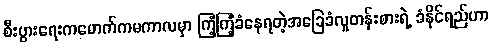
စီးပွားရေးကမောက်ကမကာလမှာ ကြံ့ကြံ့ခံနေရတဲ့အခြေခံလူတန်းစားရဲ့ ခံနိုင်ရည်ဟာ